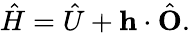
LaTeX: \hat{H}={\hat{U}}+\mathbf{h}\cdot\hat{\mathbf{O}}.